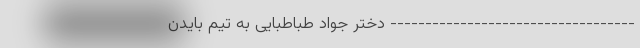
----------------------------------- دختر جواد طباطبایی به تیم بایدن